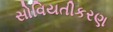
સોવિયતીકરણ